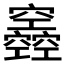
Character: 𥩌